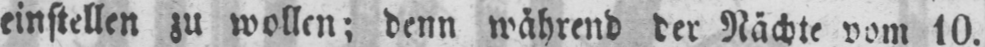
einstellen zu wollen; denn während der Nächte vom 10.